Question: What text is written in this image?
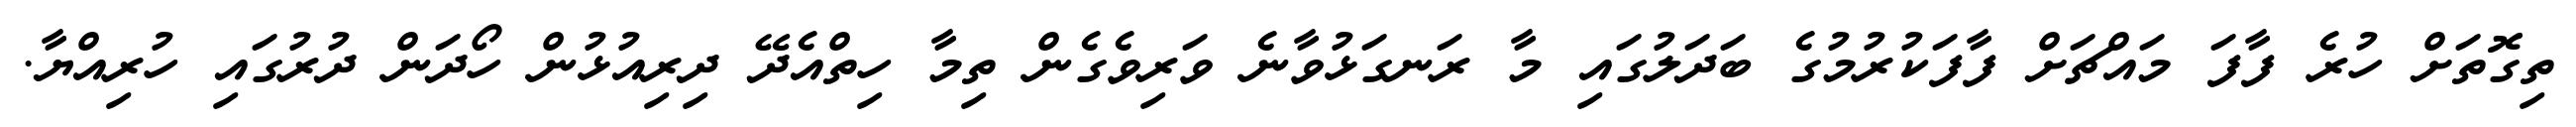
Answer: ތިގޮތަށް ހުރެ ފާފަ މައްޗަށް ފާފަކުރުމުގެ ބަދަލުގައި މާ ރަނގަޅުވާނެ ވަރިވެގެން ތިމާ ހިތްއެދޭ ދިރިއުޅުން ހޯދަން ދުރުގައި ހުރިއްޔާ.